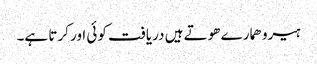
ہیرو ھمارے ھوتے ہیں دریافت کوئی اور کرتا ہے۔